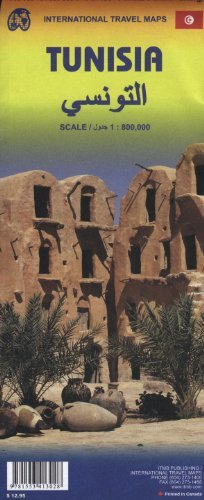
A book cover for By ITM Canada Tunisia 1:800,000 & Libya 1:1.6M Travel Map (International Travel Maps) (2011) [Map]; Travel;